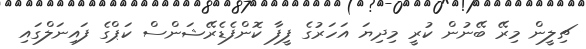
ޗިލީން މިރޭ ބޭނުން ކުރީ މިދިޔަ އަހަރުގެ ފީފާ ކޮންފެޑެރޭޝަންސް ކަޕްގެ ފައިނަލްގައި